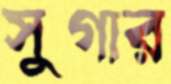
সুগার